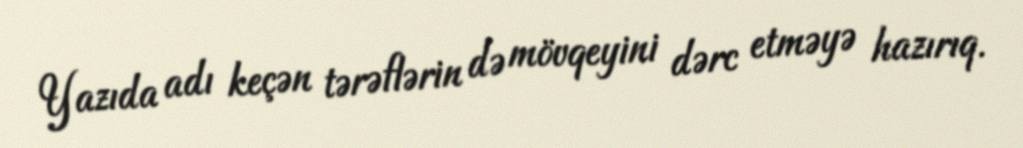
Yazıda adı keçən tərəflərin də mövqeyini dərc etməyə hazırıq.